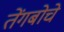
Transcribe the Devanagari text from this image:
तेंगबोचे